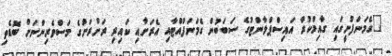
"ގެމަނަފުށީގައި ގާއިމްކުރާ އައިސްޕްލާންޓުގެ ސަބަބުން ގެމަނަފުއްޓާއި އެރަށާއި ކައިރި ރަށްރަށުގެ މަސްވެރިންނަށް ބޮޑެތި